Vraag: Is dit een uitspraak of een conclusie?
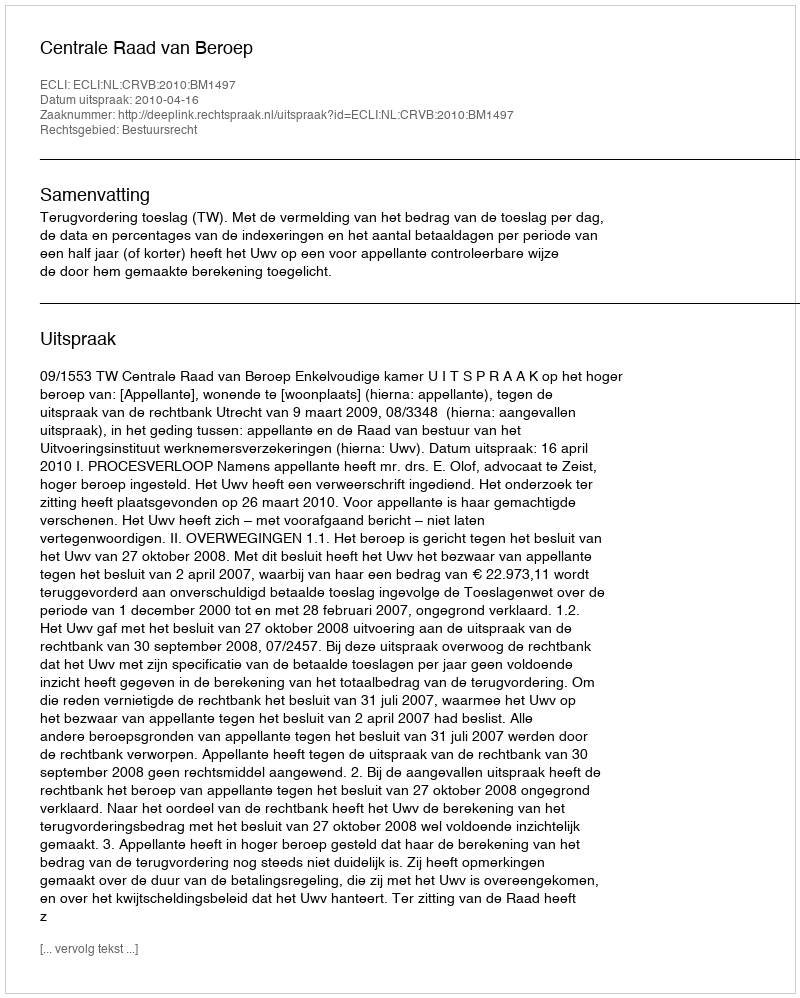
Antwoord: Uitspraak